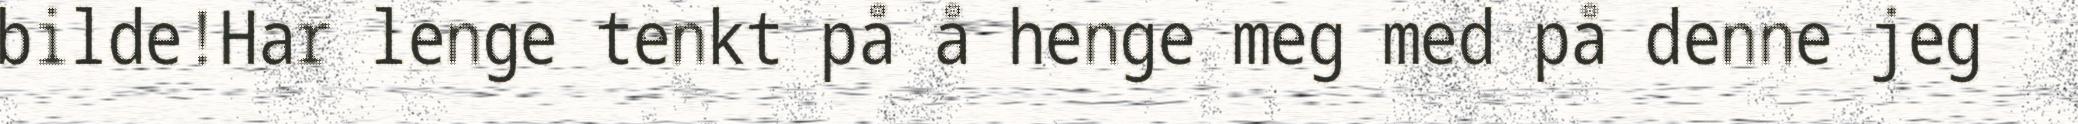
bilde!Har lenge tenkt på å henge meg med på denne jeg